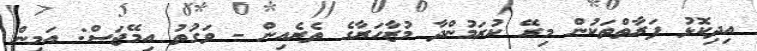
އިދިކޮޅު ފަރާތްތަކުން މިރޭ ކުރަމުންދާ މުޒާހަރާގެ ތެރެއިން - ވަގުތު އިމޭޖަސް: އަމީން